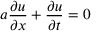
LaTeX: a { \frac { \partial u } { \partial x } } + { \frac { \partial u } { \partial t } } = 0